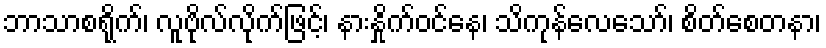
ဘာသာစရိုက်၊ လူဗိုလ်လိုက်ဖြင့်၊ နားနှိုက်ဝင်နေ၊ သိကုန်လေသော်၊ စိတ်စေတနာ၊